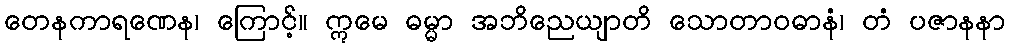
တေနကာရဏေန၊ ကြောင့်။ ဣမေ ဓမ္မာ အဘိညေယျာတိ သောတာဝဓာနံ၊ တံ ပဇာနနာ